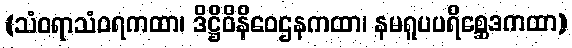
(သံဝရာသံဝရကထာ၊ ဒိဋ္ဌိဝိနိဝေဌနကထာ၊ နမရူပပရိစ္ဆေဒကထာ)